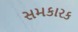
સમકારક